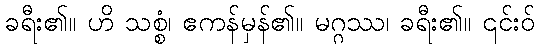
ခရီး၏။ ဟိ သစ္စံ၊ ဧကန်မှန်၏။ မဂ္ဂဿ၊ ခရီး၏။ ၎င်းဝ်